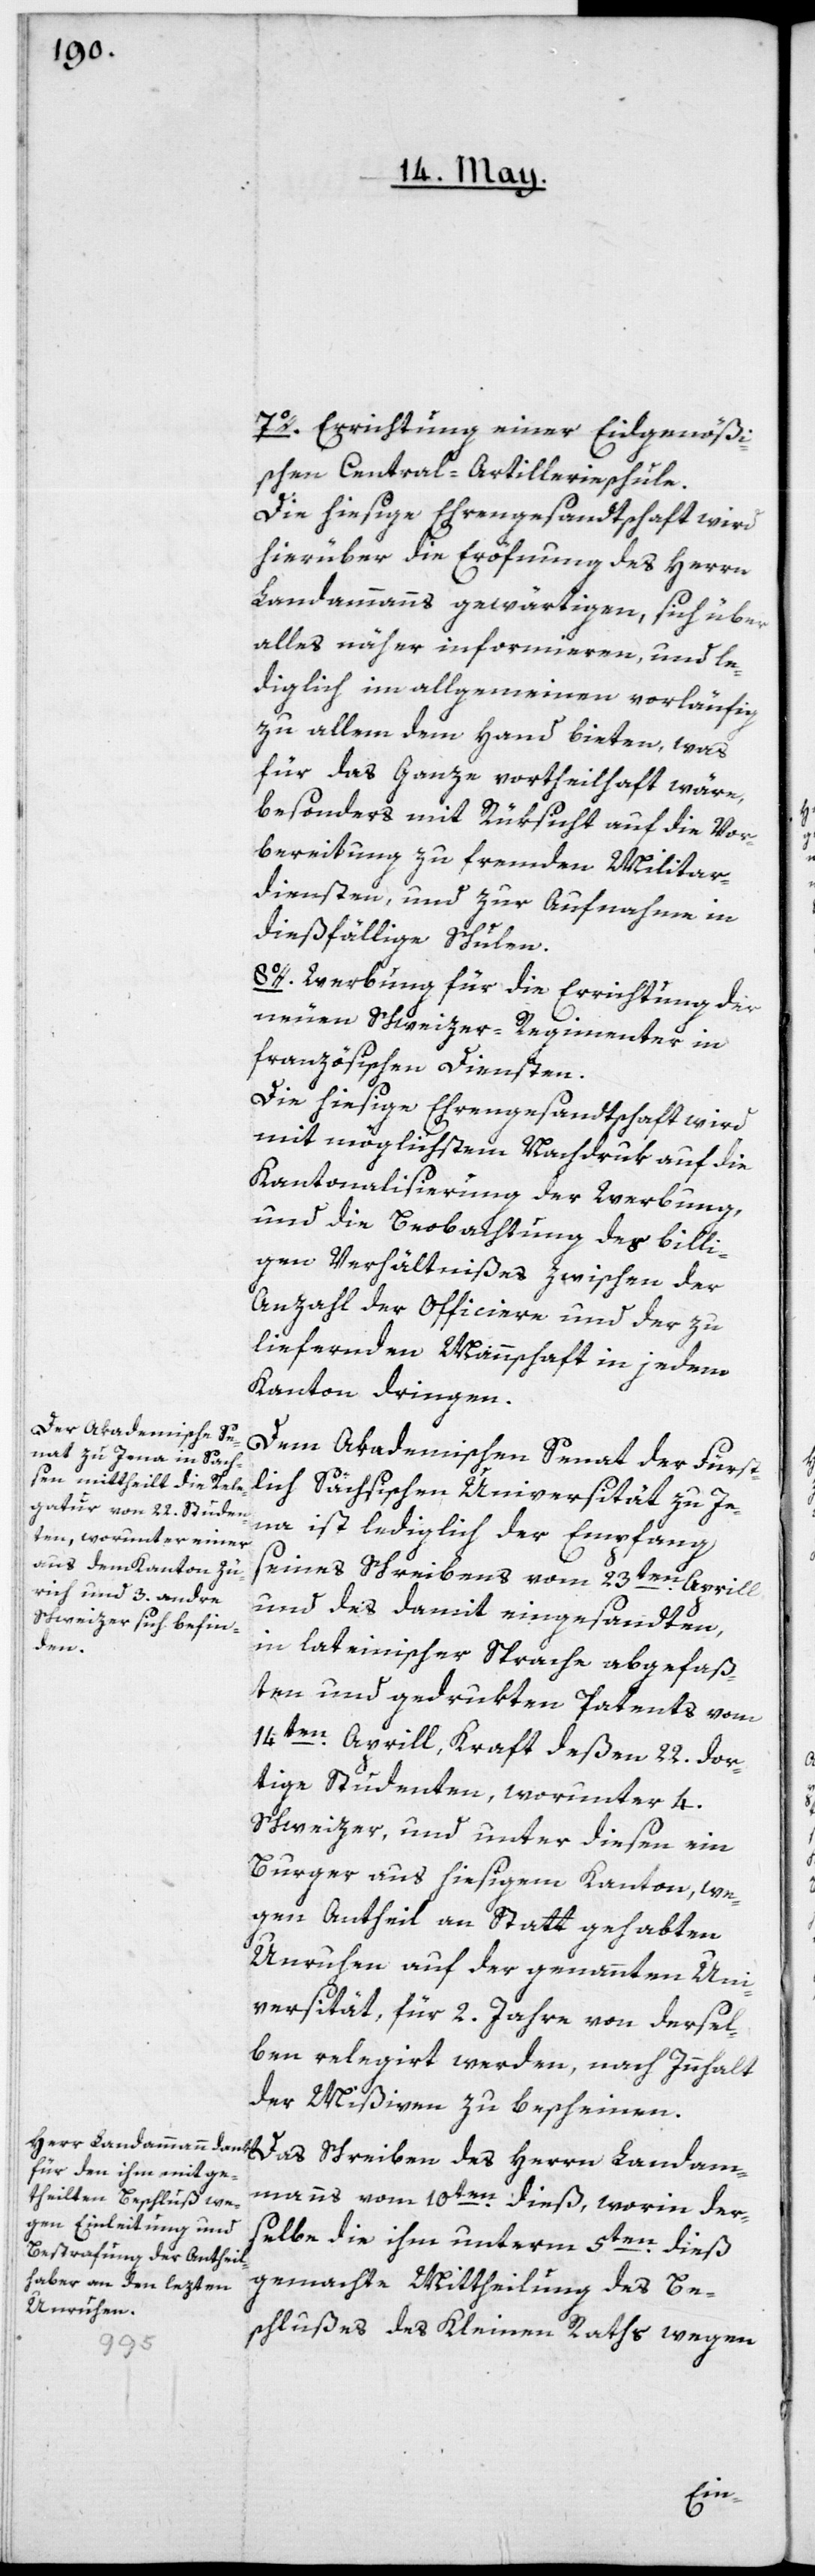
7o. Errichtung einer Eidgenöß¬
ischen Central-Artillerieschule.
Die hiesige Ehrengesandtschaft wird
hierüber die Eröfnung des Herrn
Landammanns gewärtigen, sich über
alles näher informieren, und le¬
diglich im allgemeinen vorläufig
zu allem dem Hand bieten, was
für das Ganze vortheilhaft wäre,
besonders mit Rüksicht auf die Vor¬
bereitung zu fremden Militar¬
diensten, und zur Aufnahme in
dießfällige Schulen.
8o. Werbung für die Errichtung der
neuen Schweizer-Regimenter in
französischen Diensten.
Die hiesige Ehrengesandtschaft wird
mit möglichstem Nachdruk auf die
Kantonalisierung der Werbung
und die Beobachtung des billi¬
gen Verhältnißes zwischen der
Anzahl der Officiere und der zu
liefernden Mannschaft in jedem
Kanton dringen.
Dem Akademischen Senat der Fürst¬
lich Sächsischen Universität zu Je¬
na ist lediglich der Empfang
seines Schreibens vom 23ten Aprill
und des damit eingesandten,
dam¬
in lateinischer Sprache abgefaß¬
ten und gedrukten Patents vom
14ten Aprill, Kraft deßen 22. dor¬
tige Studenten, worunter 4.
Schweizer, und unter diesen ein
Burger aus hiesigem Kanton, we¬
gen Antheil an Statt gehabten
Unruhen auf der genannten Uni¬
versität für 2. Jahre von dersel¬
ben relegirt werden, nach Innhalt
der Mißiven zu bescheinen.
manns vom 10ten dieß, worin der¬
selbe die ihm unterm 5ten dieß
gemachte Mittheilung des Be¬
schlußes des Kleinen Raths wegen